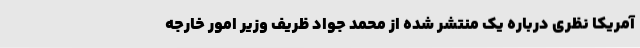
آمریکا نظری درباره یک منتشر شده از محمد جواد ظریف وزیر امور خارجه